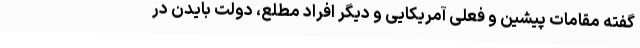
گفته مقامات پیشین و فعلی آمریکایی و دیگر افراد مطلع، دولت بایدن در